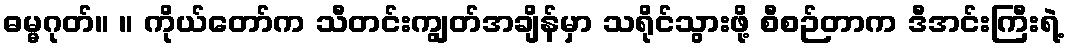
ဓမ္မဂုတ်။ ။ ကိုယ်တော်က သီတင်းကျွတ်အချိန်မှာ သရိုင်သွားဖို့ စီစဉ်တာက ဒီအင်းကြီးရဲ့